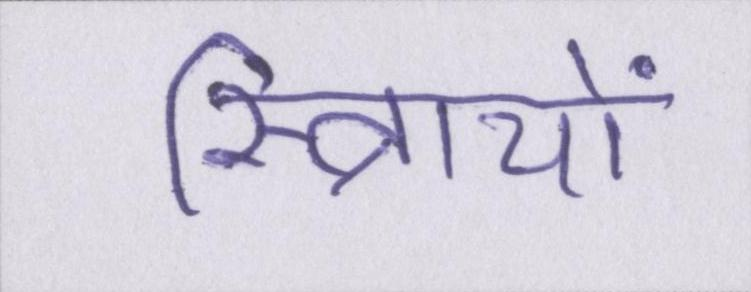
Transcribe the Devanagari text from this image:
स्त्रिायों